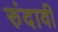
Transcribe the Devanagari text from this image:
रुंदावी